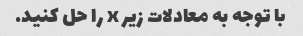
با توجه به معادلات زیر x را حل کنید.